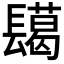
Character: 𮤅